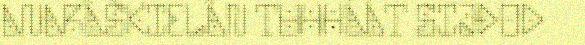
ANARÂŠKIELÂN TUHHÁÁT SIJĐOD